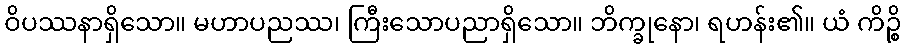
ဝိပဿနာရှိသော။ မဟာပညဿ၊ ကြီးသောပညာရှိသော။ ဘိက္ခုနော၊ ရဟန်း၏။ ယံ ကိဉ္စိ